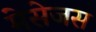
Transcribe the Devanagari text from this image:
मेसेजस